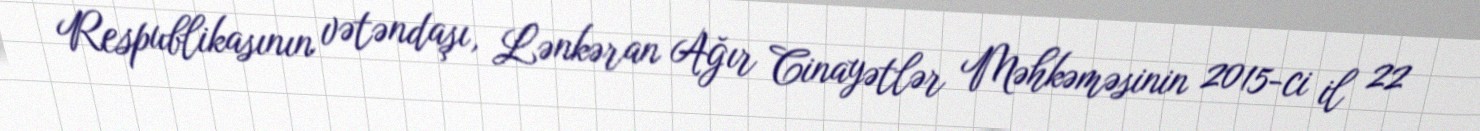
Respublikasının vətəndaşı, Lənkəran Ağır Cinayətlər Məhkəməsinin 2015-ci il 22